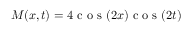
M ( x , t ) = 4 \mathrm { ~ c ~ o ~ s ~ } ( 2 x ) \mathrm { ~ c ~ o ~ s ~ } ( 2 t )